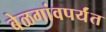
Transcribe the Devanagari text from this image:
बेळगांवपर्यंत